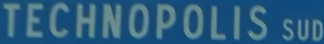
TECHNOPOLIS SUD